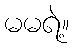
မမရဲ့။